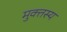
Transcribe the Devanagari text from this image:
मुक्तस्य